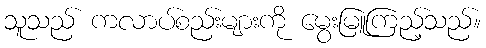
သူသည် ကလာပ်စည်းများကို မွေးမြူကြည့်သည်။